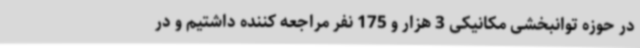
در حوزه توانبخشی مکانیکی 3 هزار و 175 نفر مراجعه کننده داشتیم و در